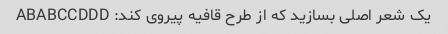
یک شعر اصلی بسازید که از طرح قافیه پیروی کند: ABABCCDDD